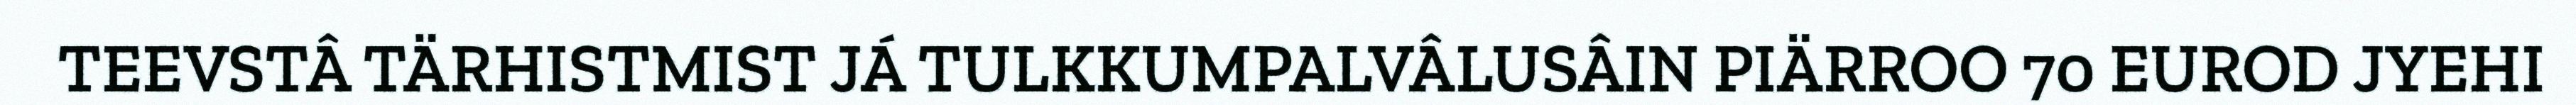
TEEVSTÂ TÄRHISTMIST JÁ TULKKUMPALVÂLUSÂIN PIÄRROO 70 EUROD JYEHI